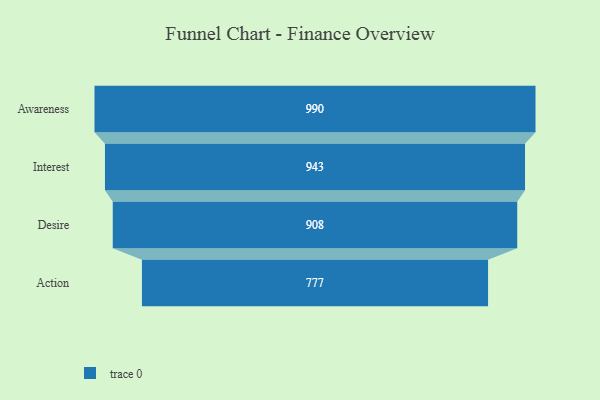
{"axis": {"x": "Stage", "y": "Value"}, "legend": [""], "data": [{"x": "Awareness", "y": 990.0, "type": ""}, {"x": "Interest", "y": 943.0, "type": ""}, {"x": "Desire", "y": 908.0, "type": ""}, {"x": "Action", "y": 777.0, "type": ""}]}